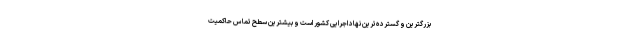
بزرگترین و گسترده‌ترین نهاد اجرایی کشور است و بیشترین سطح تماس حاکمیت